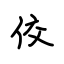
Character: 佼